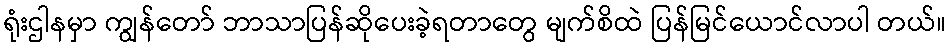
ရုံးဌါနမှာ ကျွန်တော် ဘာသာပြန်ဆိုပေးခဲ့ရတာတွေ မျက်စိထဲ ပြန်မြင်ယောင်လာပါ တယ်။